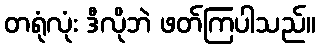
တရုံလုံး ဒီလိုဘဲ ဖတ်ကြပါသည်။